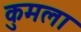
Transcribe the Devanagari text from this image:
कुमला